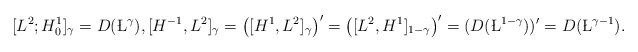
LaTeX: \begin{align*}[L^2; H^1_0]_\gamma=D(\L^\gamma),[H^{-1}, L^2]_\gamma=\big([H^1, L^2]_\gamma\big)'=\big([L^2, H^1]_{1-\gamma}\big)'=(D(\L^{1-\gamma}))'=D(\L^{\gamma-1}).\end{align*}